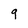
Character: 9